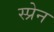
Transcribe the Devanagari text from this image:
स्प्रेन